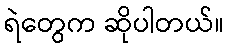
ရဲတွေက ဆိုပါတယ်။